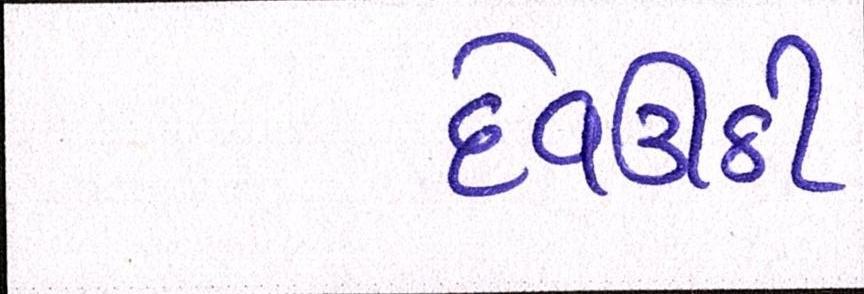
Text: દેવઉઠી